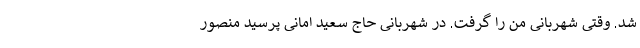
شد. وقتی شهربانی من را گرفت. در شهربانی حاج سعید امانی پرسید منصور